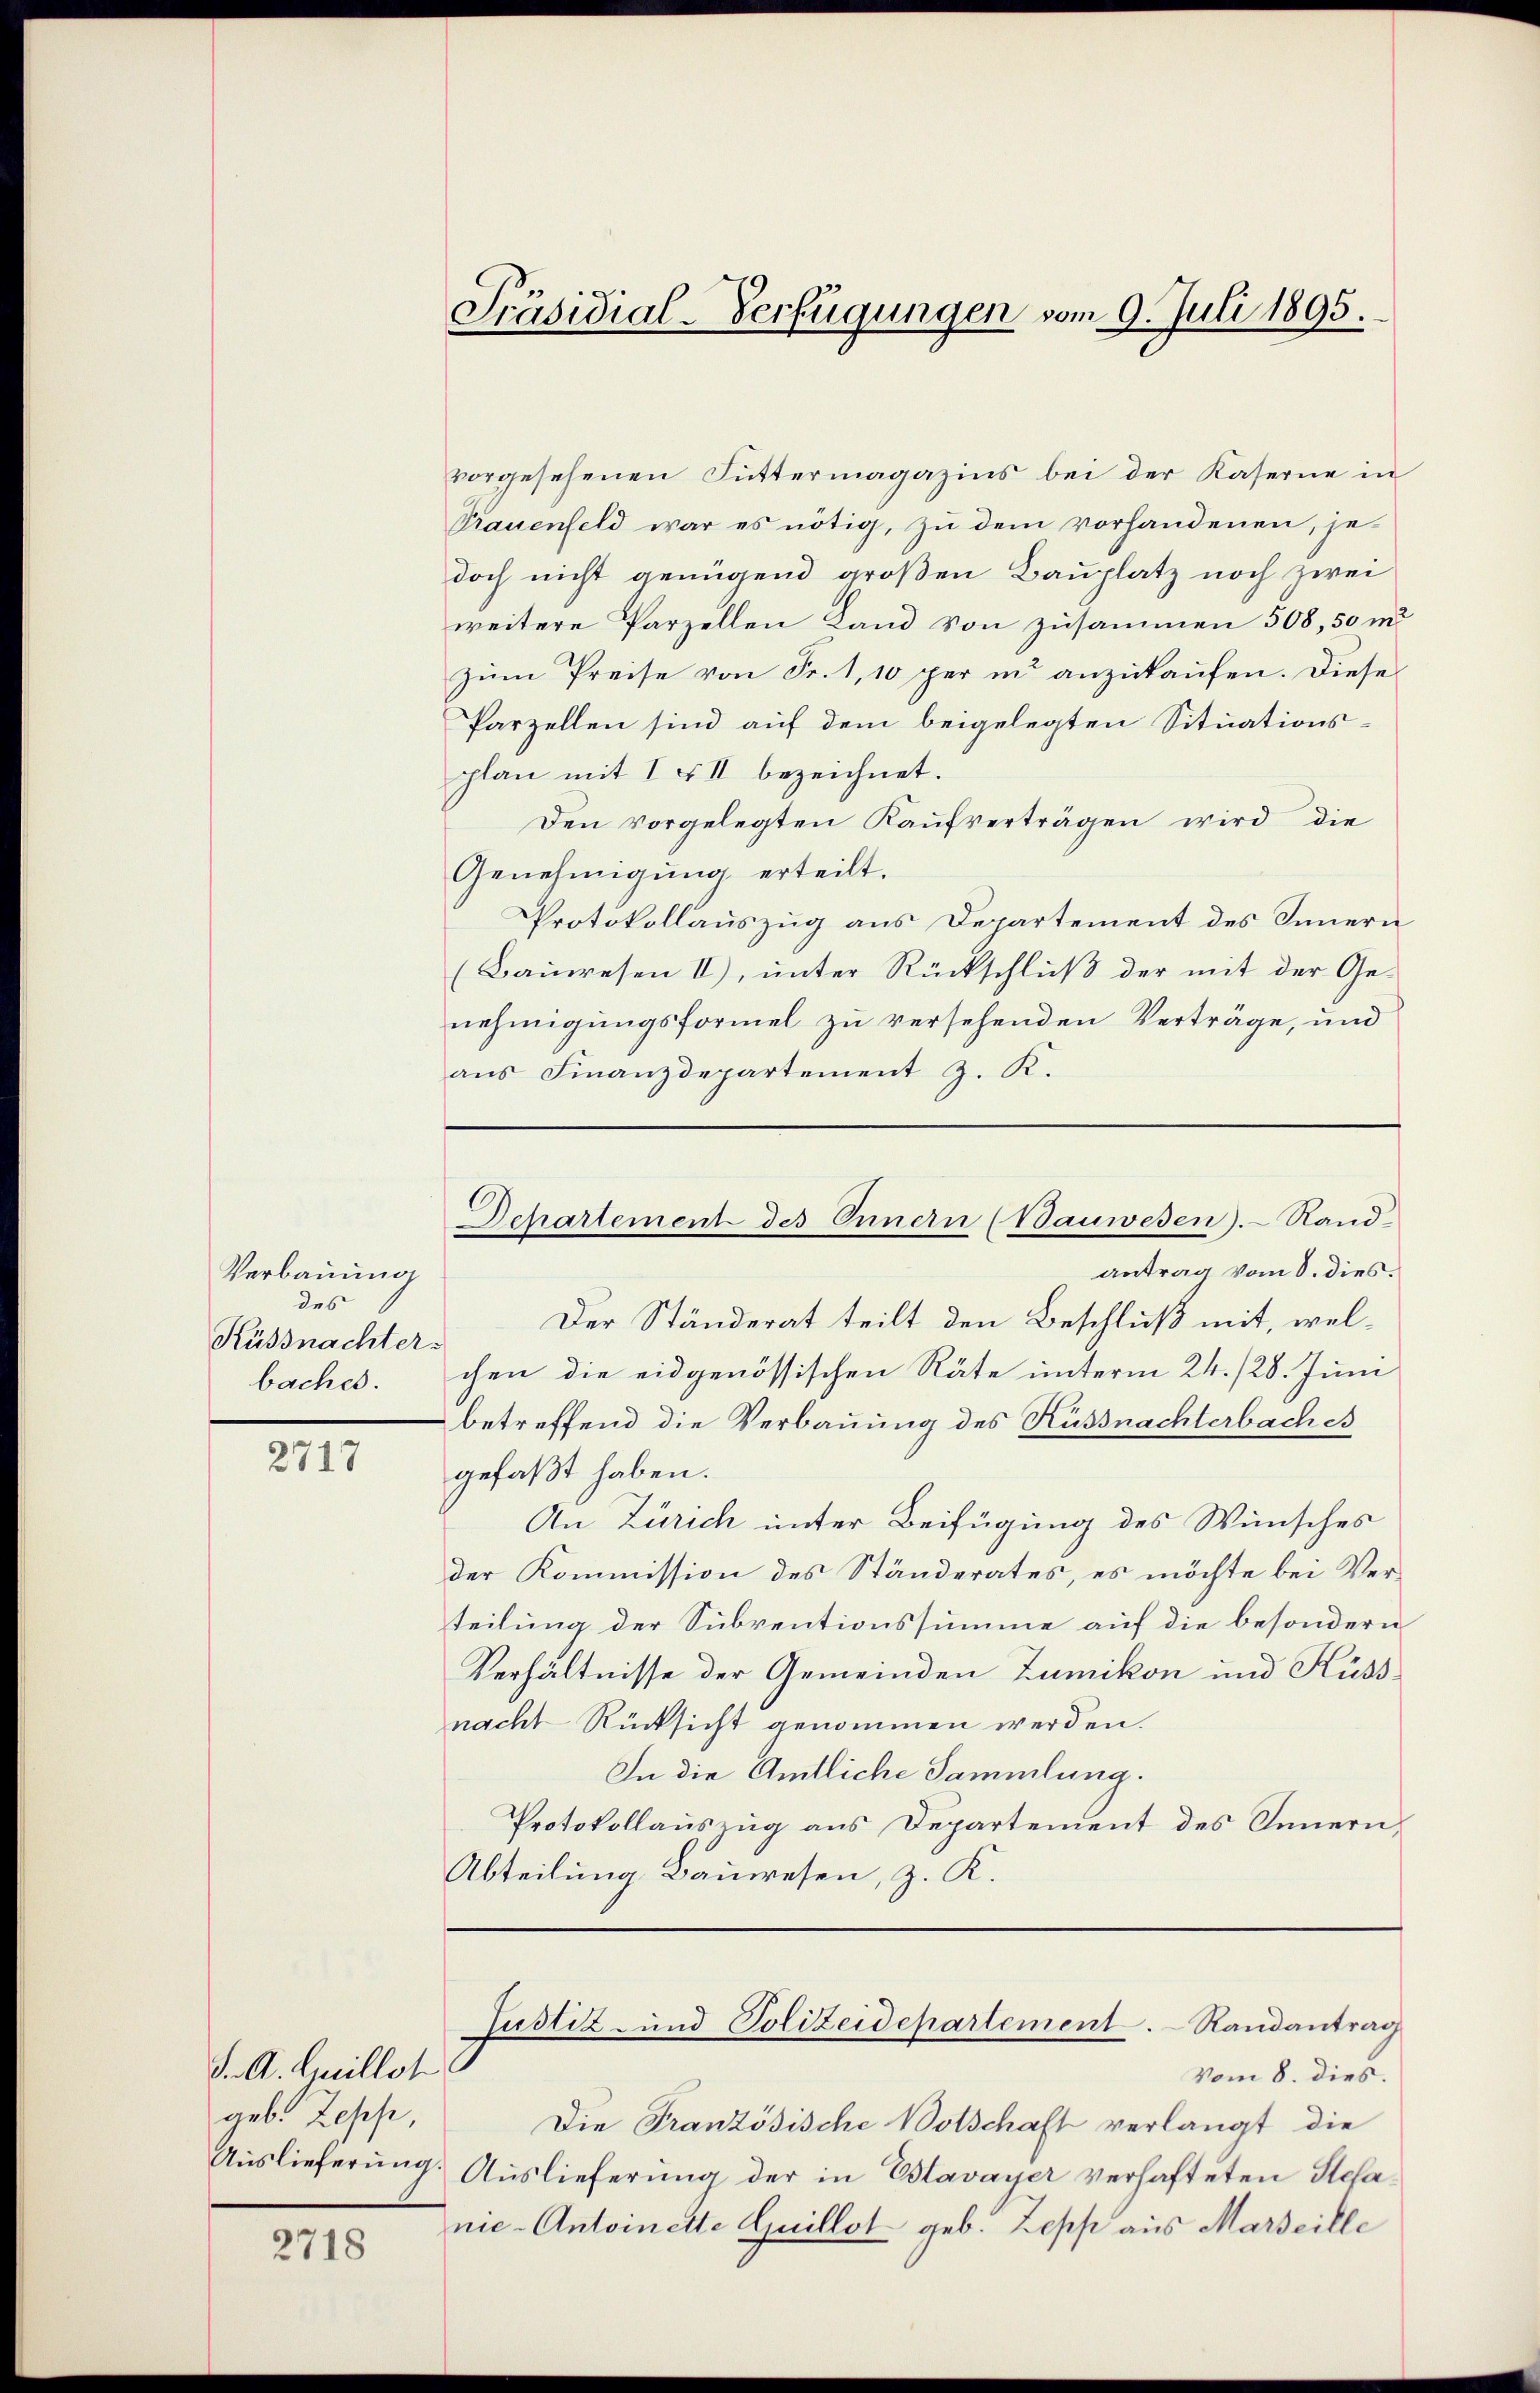
Verbauung
des
Küssnachter.
baches.

2717

S. A. Guillst
geb. Zepp,

2718

Präsidial-Verfügungen vom 9. Juli 1895.

vorgesehenen Futtermagazins bei der Kaserne in
Trauenfeld war es nötig, zu dem vorhandenen, je-
doch nicht genügend großen Bauplatz noch zwei
weitere Parzellen Land von zusammen 508, 50 m
zŭm Preise von Fr. 1, 10 per in anzŭkaŭfen. Diese
Parzellen sind auf dem beigelegten Situationsplan mit I & II bezeichnet.
Den vorgelegten Kaufverträgen wird die
Genehmigung erteilt.
Protokollauszug aus Departement des Innern
(Bauwesen II), unter Rückschluß der mit der Genehmigungsformel zu versehenden Verträge, und
ans Finanzdepartement J. K.

antrag vom 8. dies.
Der Ständerat teilt den Beschluß mit, welchen die eidgenössischen Räte unterm 24. 128. Juni
betreffend die Verbauung des Küssnachterbaches
gefaßt haben.
An Zürich unter Beifügung des Wünsches
der Kommission des Ständerates, es möchte bei Verteilung der Subventionssumme auf die besondern
Verhältnisse der Gemeinden Zumikon und Küss
nacht Rücksicht genommen werden.
In die Amtliche Sammlung.
Protokollauszug aus Departement des Innern
Abteilung Bauwesen, z. K.

Departement des Innern (Bauwesen.- Sand-

Die Französische Botschaft verlangt die
Auslieferŭng. Auslieferŭng der in Estavayer verhafteten Stefanie-Antoinette Guillot geb. Zepp aus Marseille

Justiz- und Polizeidepartement. Randantrag
Vom 8. dies.